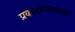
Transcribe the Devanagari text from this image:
प्रकाशपटलाच्या